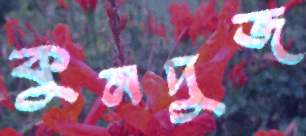
কুনদুজ